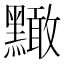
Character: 𪒠